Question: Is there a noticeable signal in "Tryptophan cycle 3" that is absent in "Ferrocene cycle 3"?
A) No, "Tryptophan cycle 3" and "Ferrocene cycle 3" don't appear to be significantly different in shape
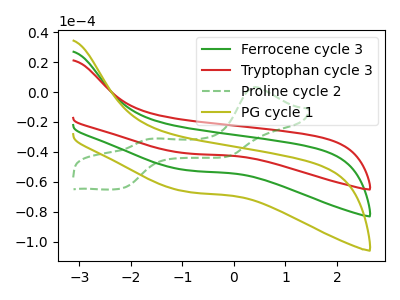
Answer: <think>The green curve "Ferrocene cycle 3" has no peaks. The red curve "Tryptophan cycle 3" has no peaks. The green dashed curve "Proline cycle 2" has anodic peaks at (0.40V, 3.30uA) (-1.55V, -31.05uA) and cathodic peaks at (-2.20V, -64.35uA) (-0.15V, -43.20uA). The olive curve "PG cycle 1" has no peaks.
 Neither "Tryptophan cycle 3" or "Ferrocene cycle 3" have any peaks.</think>
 <answer>A) No, "Tryptophan cycle 3" and "Ferrocene cycle 3" don't appear to be significantly different in shape</answer>
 <eval>A</eval>